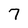
Character: 7